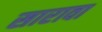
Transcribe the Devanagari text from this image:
सारावा